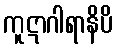
ကူဋာဂါရာနိပိ